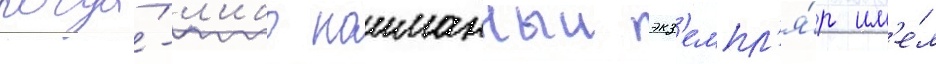
когда́-л'ибо поиманныи экз'емпл'я́р им'е́л